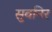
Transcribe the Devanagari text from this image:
सुवनिर